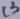
Text: C3